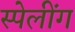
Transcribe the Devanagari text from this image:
स्पेलींग